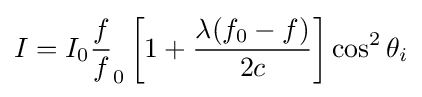
I=I_{0}{\frac {f}{f}}_{0}\left[1+{\frac {\lambda (f_{0}-f)}{2c}}\right]\cos ^{2}\theta _{i}